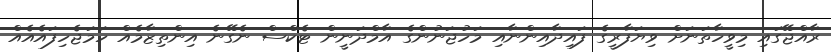
ރާއްޖޭގައި މިވީހާތަނަށް ވިޔަފާރީގެ ފައިދާއިންނާއި މަހުޖަނުންގެ އާމްދަނީން ޓެކްސް ނެގޭނެ އިންތިޒާމެއް ހަމަޖެހިފައެއެއް